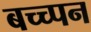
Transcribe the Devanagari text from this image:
बच्च्पन